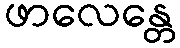
ဖာလေန္တေ